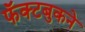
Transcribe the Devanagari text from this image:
फॅक्टबुकने